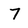
Character: 7